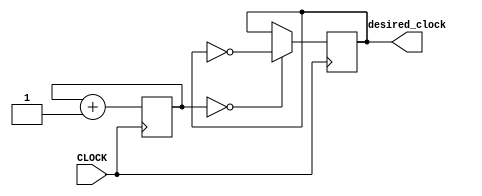
`timescale 1ns / 1ps
//////////////////////////////////////////////////////////////////////////////////
// Company: 
// Engineer: 
// 
// Design Name: 
// Module Name: sub_task_2_F_blink
// Project Name: 
// Target Devices: 
// Tool Versions: 
// Description: 
// 
// Dependencies: 
// 
// Revision:
// Revision 0.01 - File Created
// Additional Comments:
// 
//////////////////////////////////////////////////////////////////////////////////


module sub_task_2_F_blink(input CLOCK, output desired_clock);

    reg [23:0] COUNT = 0;
    reg desired = 0;
    
    always @ (posedge CLOCK) begin
        COUNT <= COUNT + 1;
        desired <= ( COUNT == 4'b0000 ) ? ~desired : desired;
    end
    
    assign desired_clock = desired;
    
endmodule